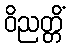
ဝိညတ္တိံ